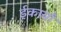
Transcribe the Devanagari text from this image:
ईकायाँ